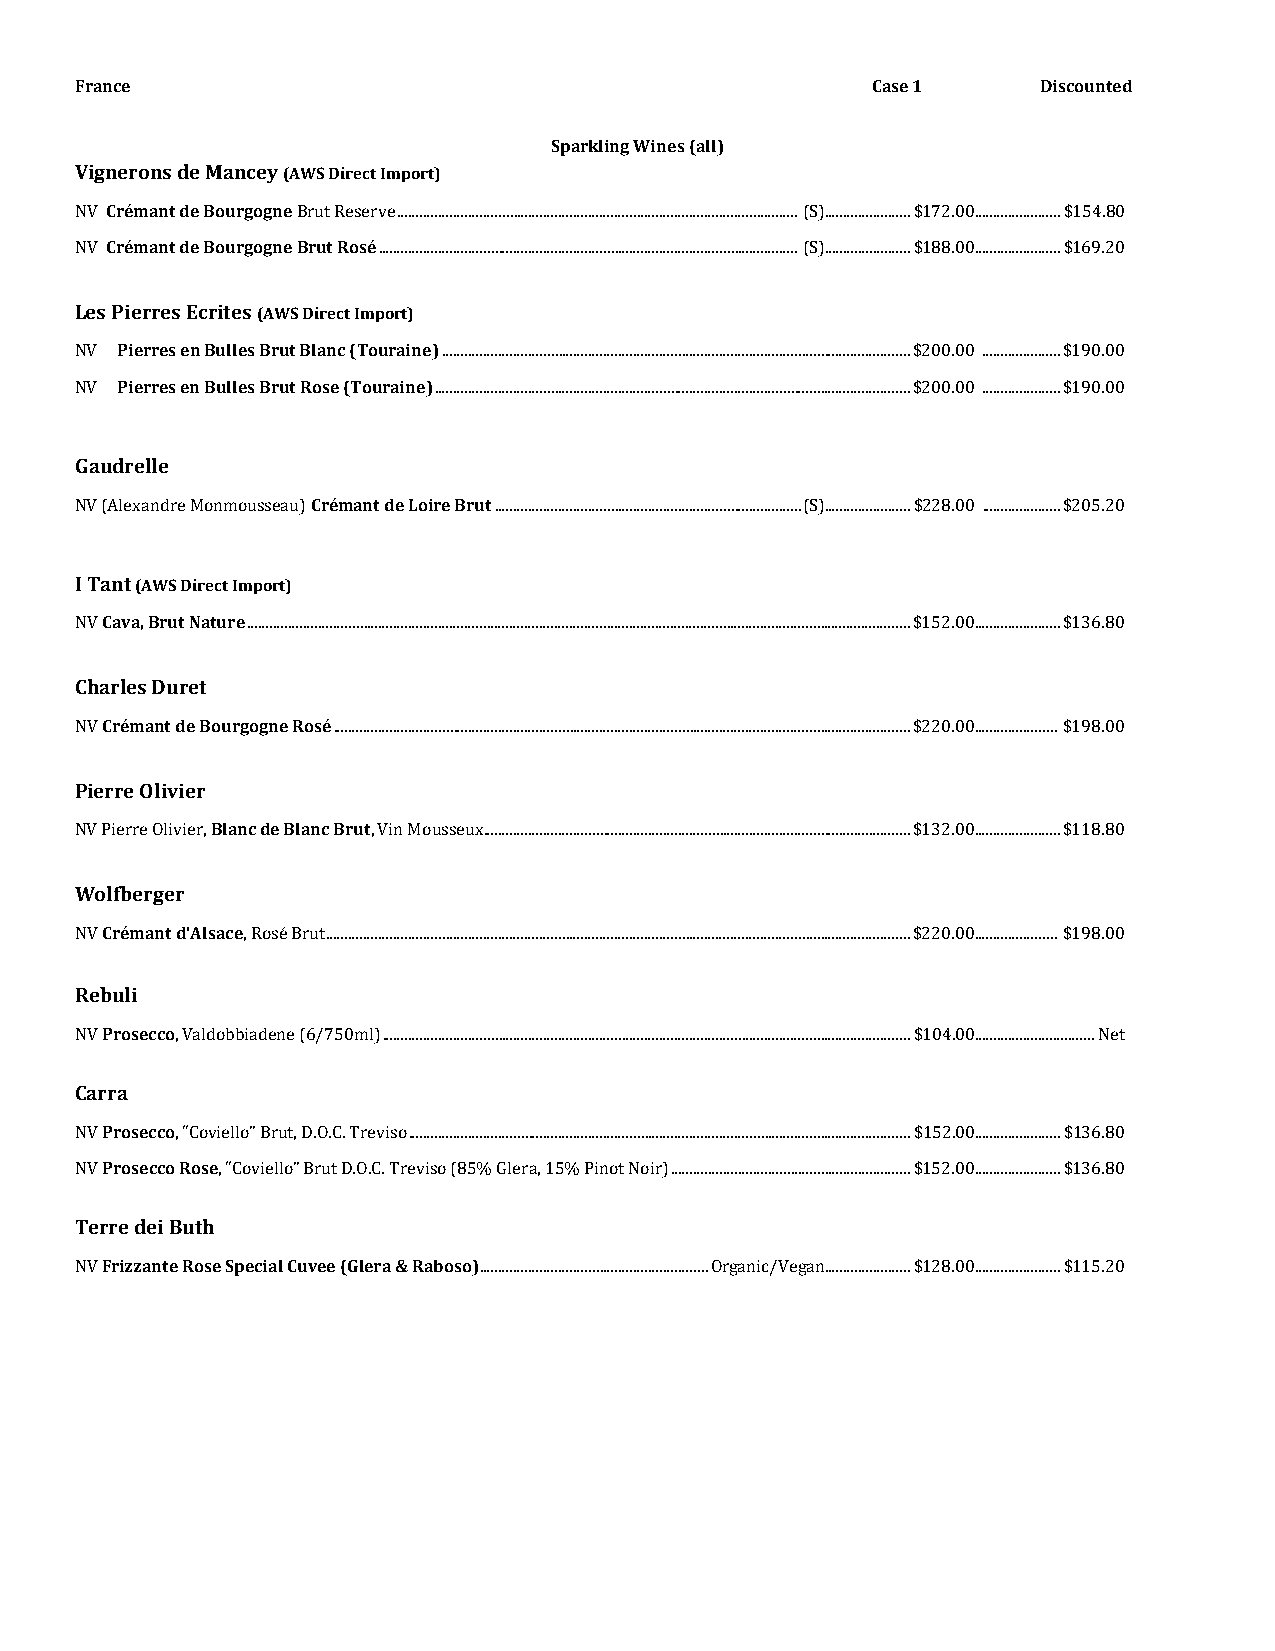
France                                               Case 1     Discounted
 Sparkling Wines (all)
 Vignerons de Mancey (AWS Direct Import)
 Crémant de Bourgogne
 NV Crémant de Bourgogne BBrruutt RReosseérve ........................................................................................................... (S)....................... $172.00....................... $154.80
 NV                  ................................................................................................................ (S)....................... $188.00....................... $169.20
 Les Pierres Ecrites (AWS Direct Import)
 Pierres en Bulles Brut Blanc (Touraine)
 NV Pierres en Bulles Brut Rose (Touraine) ............................................................................................................................. $200.00 ..................... $190.00
 N V                     ............................................................................................................................... $200.00 ..................... $190.00
 Gaudrelle
 Crémant de Loire Brut
 N V (Alexandre Monmousseau) .................................................................................. (S)....................... $228.00 ..................... $205.20
 I Tant (AWS Direct Import)
 Cava, Brut Nature
 N V        ................................................................................................................................................................................. $152.00....................... $136.80
 Charles Duret
 Crémant de BourgogneRosé
 N V              .......................................................................................................................................................... $220.00...................... $198.00
 Pierre Olivier
 Blanc de Blanc Brut
 NV Pierre Olivier,  , Vin Mousseux .................................................................................................................. $132.00....................... $118.80
 Wolfberger
 Crémant d'Alsace
 NV         , Rosé Brut ............................................................................................................................................................ $220.00...................... $198.00
 Rebuli
 Prosecco
 N V    , Valdobbiadene (6/750ml) ............................................................................................................................................. $104.00................................ Net
 Carra
 Prosecco
 NV Prosecco, R“Coosveiello” Brut, D.O.C. Treviso ...................................................................................................................................... $152.00....................... $136.80
 NV       , “Coviello” Brut D.O.C. Treviso (85% Glera, 15% Pinot Noir) ................................................................ $152.00....................... $136.80
 Terre dei Buth
 Frizzante Rose Special Cuvee (Glera & Raboso)
 N V                        ............................................................. Organic/Vegan....................... $128.00....................... $115.20